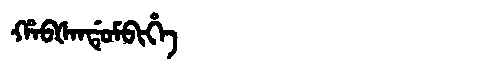
Manchu: ᡥᠠᠪᡧᠠᠨᡩᡠᠮᠪᡳᡥᡝ
Romanization: HABŠANDUMBIHE